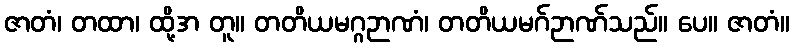
ဇာတံ၊ တထာ၊ ထို့အ တူ။ တတိယမဂ္ဂဉာဏံ၊ တတိယမဂ်ဉာဏ်သည်။ ပေ။ ဇာတံ။